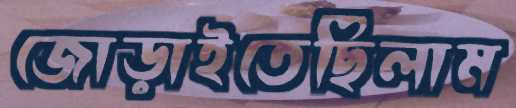
জোড়াইতেছিলাম